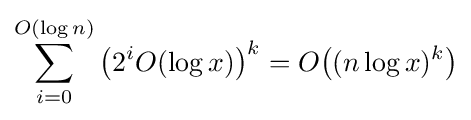
\sum \limits _{i=0}^{O(\log n)}{\big (}2^{i}O(\log x){\big )}^{k}=O{\big (}(n\log x)^{k}{\big )}